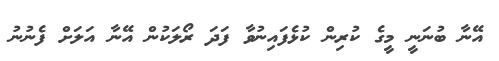
އޭނާ ބުނަނީ މީގެ ކުރިން ކުޅެފައިނުވާ ފަދަ ރޯލަކުން އޭނާ އަލަށް ފެނުނު